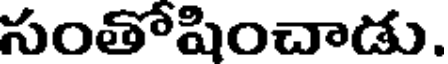
సంతోషించాడు.